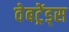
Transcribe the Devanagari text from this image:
वेबट्रेंड्स